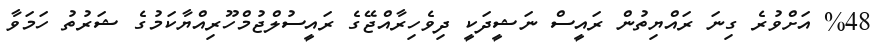
%48 އަށްވުރެ ގިނަ ރައްޔިތުން ރައީސް ނަޝީދަކީ ދިވެހިރާއްޖޭގެ ރައީސުލްޖުމްހޫރިއްޔާކަމުގެ ޝަރުތު ހަމަވާ